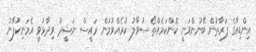
އިންޑިއާގެ ފަރާތުން ބޭނުންވަނީ ކޮންކަމެއްތޯ ސުވާލު ކުރެއްވުމުން ރައީސް ނަޝީދު ވިދާޅުވީ އެމަނިކުފާނު